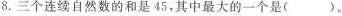
8.三个连续自然数的和是45，其中最大的一个是()。